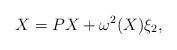
LaTeX: \begin{align*}X=PX+\omega^2(X)\xi_2,\end{align*}